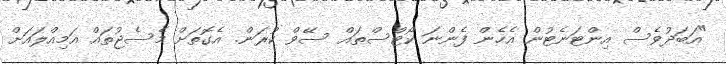
"އަބަދުވެސް އިންޓަނެޓުން އެހެން ފެންނަ ކޯޓްސްތައް ސޭވް ކުރަން. އެގޮތަށް މެސެޖުތައް އަމިއްލައަށް